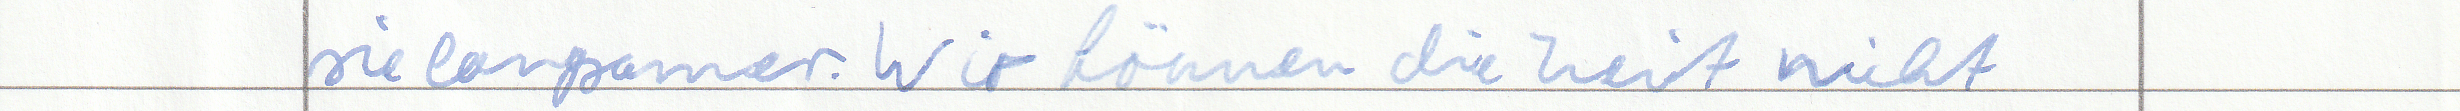
sie langsamer. Wir können die Zeit nicht